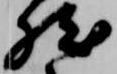
然